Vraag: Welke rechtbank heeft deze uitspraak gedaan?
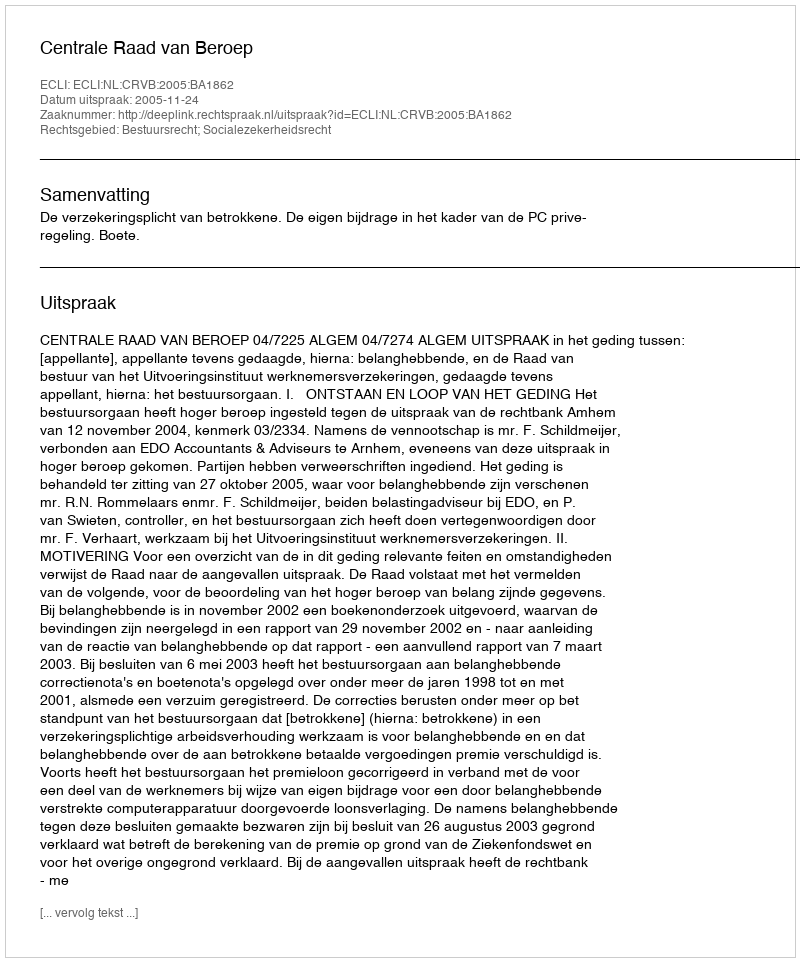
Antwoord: Centrale Raad van Beroep